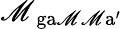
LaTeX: \mathscr{M}_{\mathrm{{\ ga\mathscr{M}\mathscr{M}a^{\prime}}}}